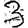
Digit: 3